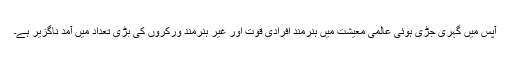
آپس میں گہری جڑی ہوئی عالمی معیشت میں ہنرمند افرادی قوت اور غیر ہنرمند ورکروں کی بڑی تعداد میں آمد ناگزیر ہے۔